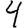
Digit: 4